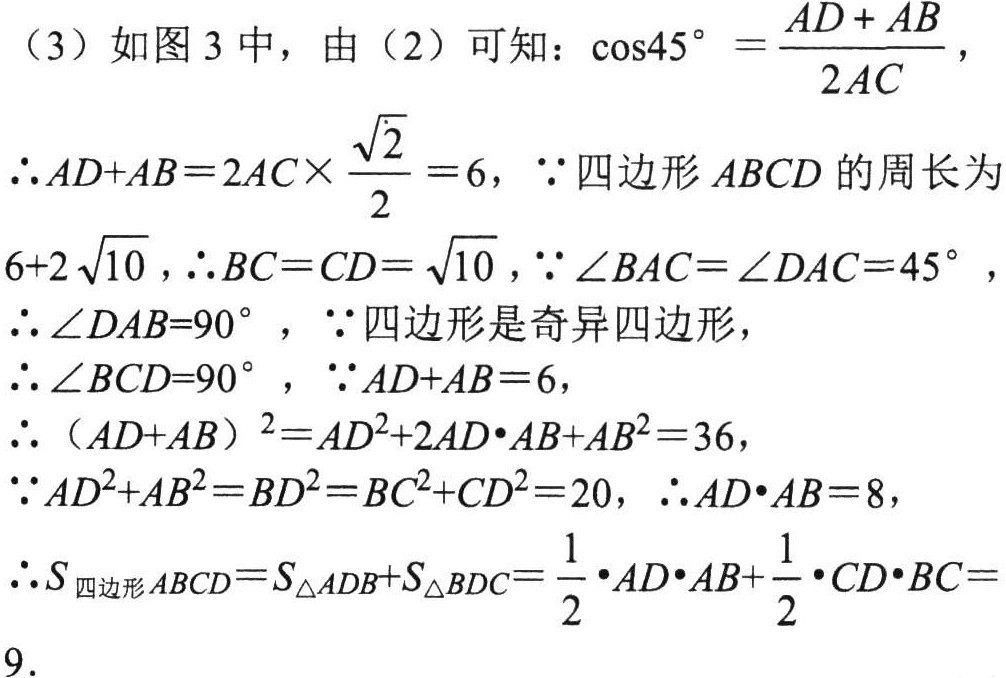
（3）如图 3 中，由（2）可知：\(\cos45^{\circ } = \frac{AD + AB}{2AC}\)，
\(\therefore AD + AB = 2AC\times\frac{\sqrt{2}}{2} = 6\)，\(\because\)四边形 \(ABCD\) 的周长为
\(6 + 2\sqrt{10}\)，\(\therefore BC = CD = \sqrt{10}\)，\(\because\angle BAC = \angle DAC = 45^{\circ }\)，
\(\therefore\angle DAB = 90^{\circ }\)，\(\because\)四边形是奇异四边形，
\(\therefore\angle BCD = 90^{\circ }\)，\(\because AD + AB = 6\)，
\(\therefore (AD + AB)^2 = AD^{2}+2AD\cdot AB + AB^{2} = 36\)，
\(\because AD^{2}+AB^{2} = BD^{2} = BC^{2}+CD^{2} = 20\)，\(\therefore AD\cdot AB = 8\)，
\(\therefore S_{四边形 ABCD}=S_{\triangle ADB}+S_{\triangle BDC}=\frac{1}{2}\cdot AD\cdot AB+\frac{1}{2}\cdot CD\cdot BC = 9\)．